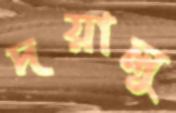
দয়ালু